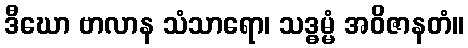
ဒီဃော ဗာလာန သံသာရော၊ သဒ္ဓမ္မံ အဝိဇာနတံ။